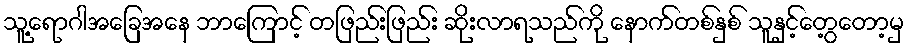
သူ့ရောဂါအခြေအနေ ဘာကြောင့် တဖြည်းဖြည်း ဆိုးလာရသည်ကို နောက်တစ်နှစ် သူနှင့်တွေ့တော့မှ